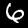
Label: 6